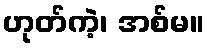
ဟုတ်ကဲ့၊ အစ်မ။